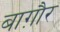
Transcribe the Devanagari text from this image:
बाग़ौर